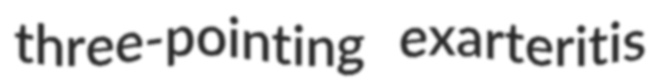
three-pointing exarteritis